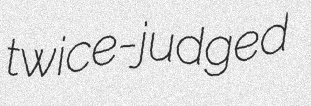
twice-judged